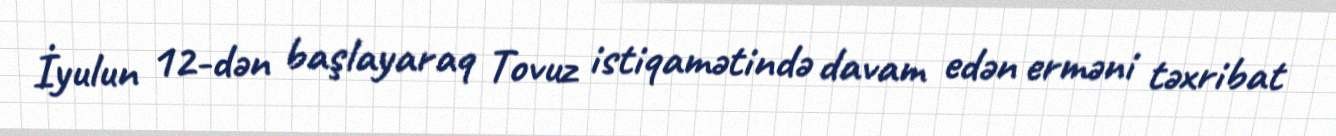
İyulun 12-dən başlayaraq Tovuz istiqamətində davam edən erməni təxribat